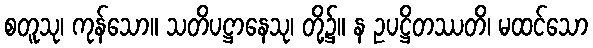
စတူသု၊ ကုန်သော။ သတိပဋ္ဌာနေသု၊ တို့၌။ န ဥပဋ္ဌိတဿတိ၊ မထင်သော